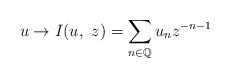
LaTeX: \begin{align*}u\to I(u,\ z)=\sum_{n\in\mathbb{Q}}u_{n}z^{-n-1}\end{align*}